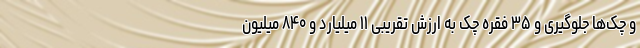
و چک‌ها جلوگیری و ۳۵ فقره چک به ارزش تقریبی ۱۱ میلیارد و ۸۴۰ میلیون